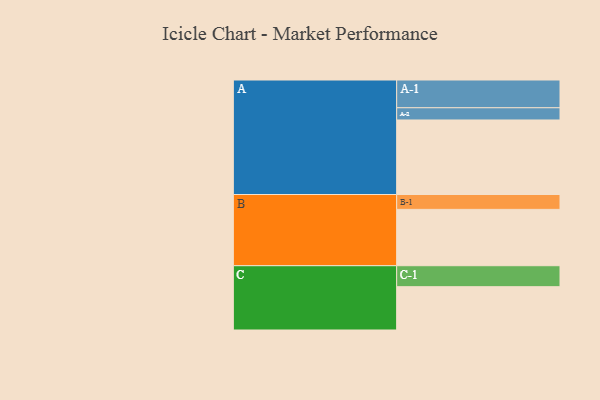
{"axis": {"x": "Segment", "y": "Value"}, "legend": ["", "A", "B", "C"], "data": [{"x": "A", "y": 561, "type": ""}, {"x": "B", "y": 424, "type": ""}, {"x": "C", "y": 326, "type": ""}, {"x": "A-1", "y": 209, "type": "A"}, {"x": "A-2", "y": 92, "type": "A"}, {"x": "B-1", "y": 112, "type": "B"}, {"x": "C-1", "y": 158, "type": "C"}]}